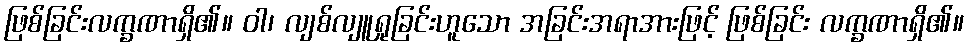
ဖြစ်ခြင်းလက္ခဏာရှိ၏။ ဝါ၊ လျစ်လျူရှုခြင်းဟူသော အခြင်းအရာအားဖြင့် ဖြစ်ခြင်း လက္ခဏာရှိ၏။